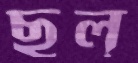
ছল্